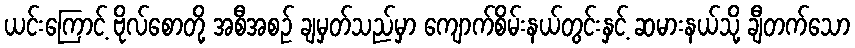
ယင်းကြောင့် ဗိုလ်စောတို့ အစီအစဉ် ချမှတ်သည်မှာ ကျောက်စိမ်းနယ်တွင်းနှင့် ဆမားနယ်သို့ ချီတက်သော